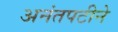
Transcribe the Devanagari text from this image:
अनंतपटीने